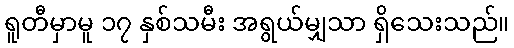
ရူတီမှာမူ ၁၇ နှစ်သမီး အရွယ်မျှသာ ရှိသေးသည်။